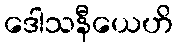
ဒေါသနီယေဟိ